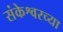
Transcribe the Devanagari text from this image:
संकेश्वरच्या